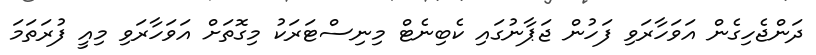
ދަންޖެހިގެން އަވަހާރަވި ފަހުން ޖަޕާނުގައި ކެބިނެޓް މިނިސްޓަރަކު މިގޮތަށް އަވަހާރަވި މިއީ ފުރަތަމަ